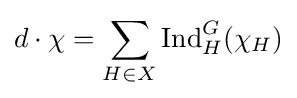
d\cdot \chi =\sum _{H\in X}{\text{Ind}}_{H}^{G}(\chi _{H})